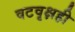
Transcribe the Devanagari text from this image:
वटवृक्षही